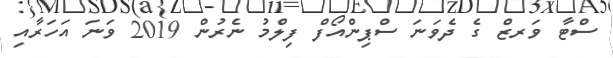
ސްޓާ ވަރޒް ގެ ދެވަނަ ސްޕިންއޯފް ފިލްމު ނެރުން 2019 ވަނަ އަހަރާއި